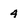
Character: 4